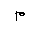
Letter: _mim